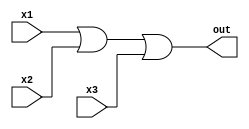
module or_gate_3 ( input x1, x2, x3, output  out );
  
  assign
      out   = x1 | x2 | x3 ; 
    
endmodule